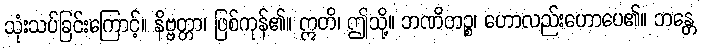
သုံးသပ်ခြင်းကြောင့်။ နိဗ္ဗတ္တာ၊ ဖြစ်ကုန်၏။ ဣတိ၊ ဤသို့။ ဘဏိတဉ္စ၊ ဟောလည်းဟောပေ၏။ ဘန္တေ